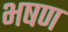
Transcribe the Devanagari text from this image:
भषण